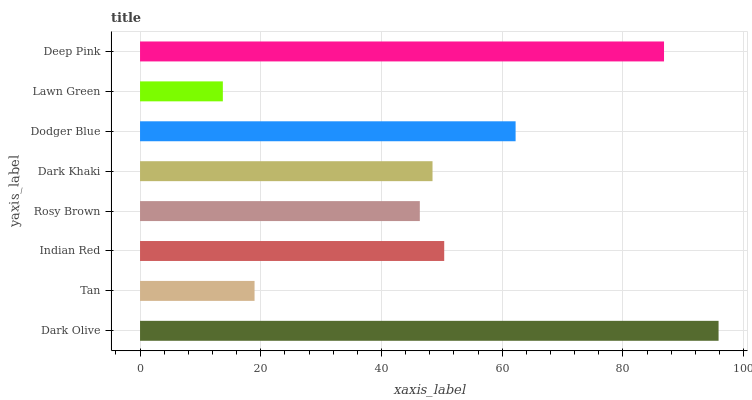
| yaxis_label | bars |
 | --- | --- |
 | Dark Olive | 95.9 |
 | Tan | 19 |
 | Indian Red | 50.4 |
 | Rosy Brown | 46.4 |
 | Dark Khaki | 48.5 |
 | Dodger Blue | 62.2 |
 | Lawn Green | 13.7 |
 | Deep Pink | 86.8 |